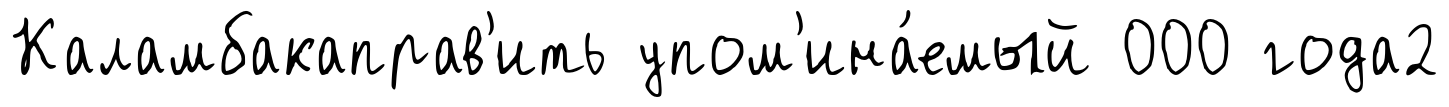
Каламбакаправ'ить упом'ина́емый 000 года2